Vabadussoja_Ajaloo_Komitee, lk 5
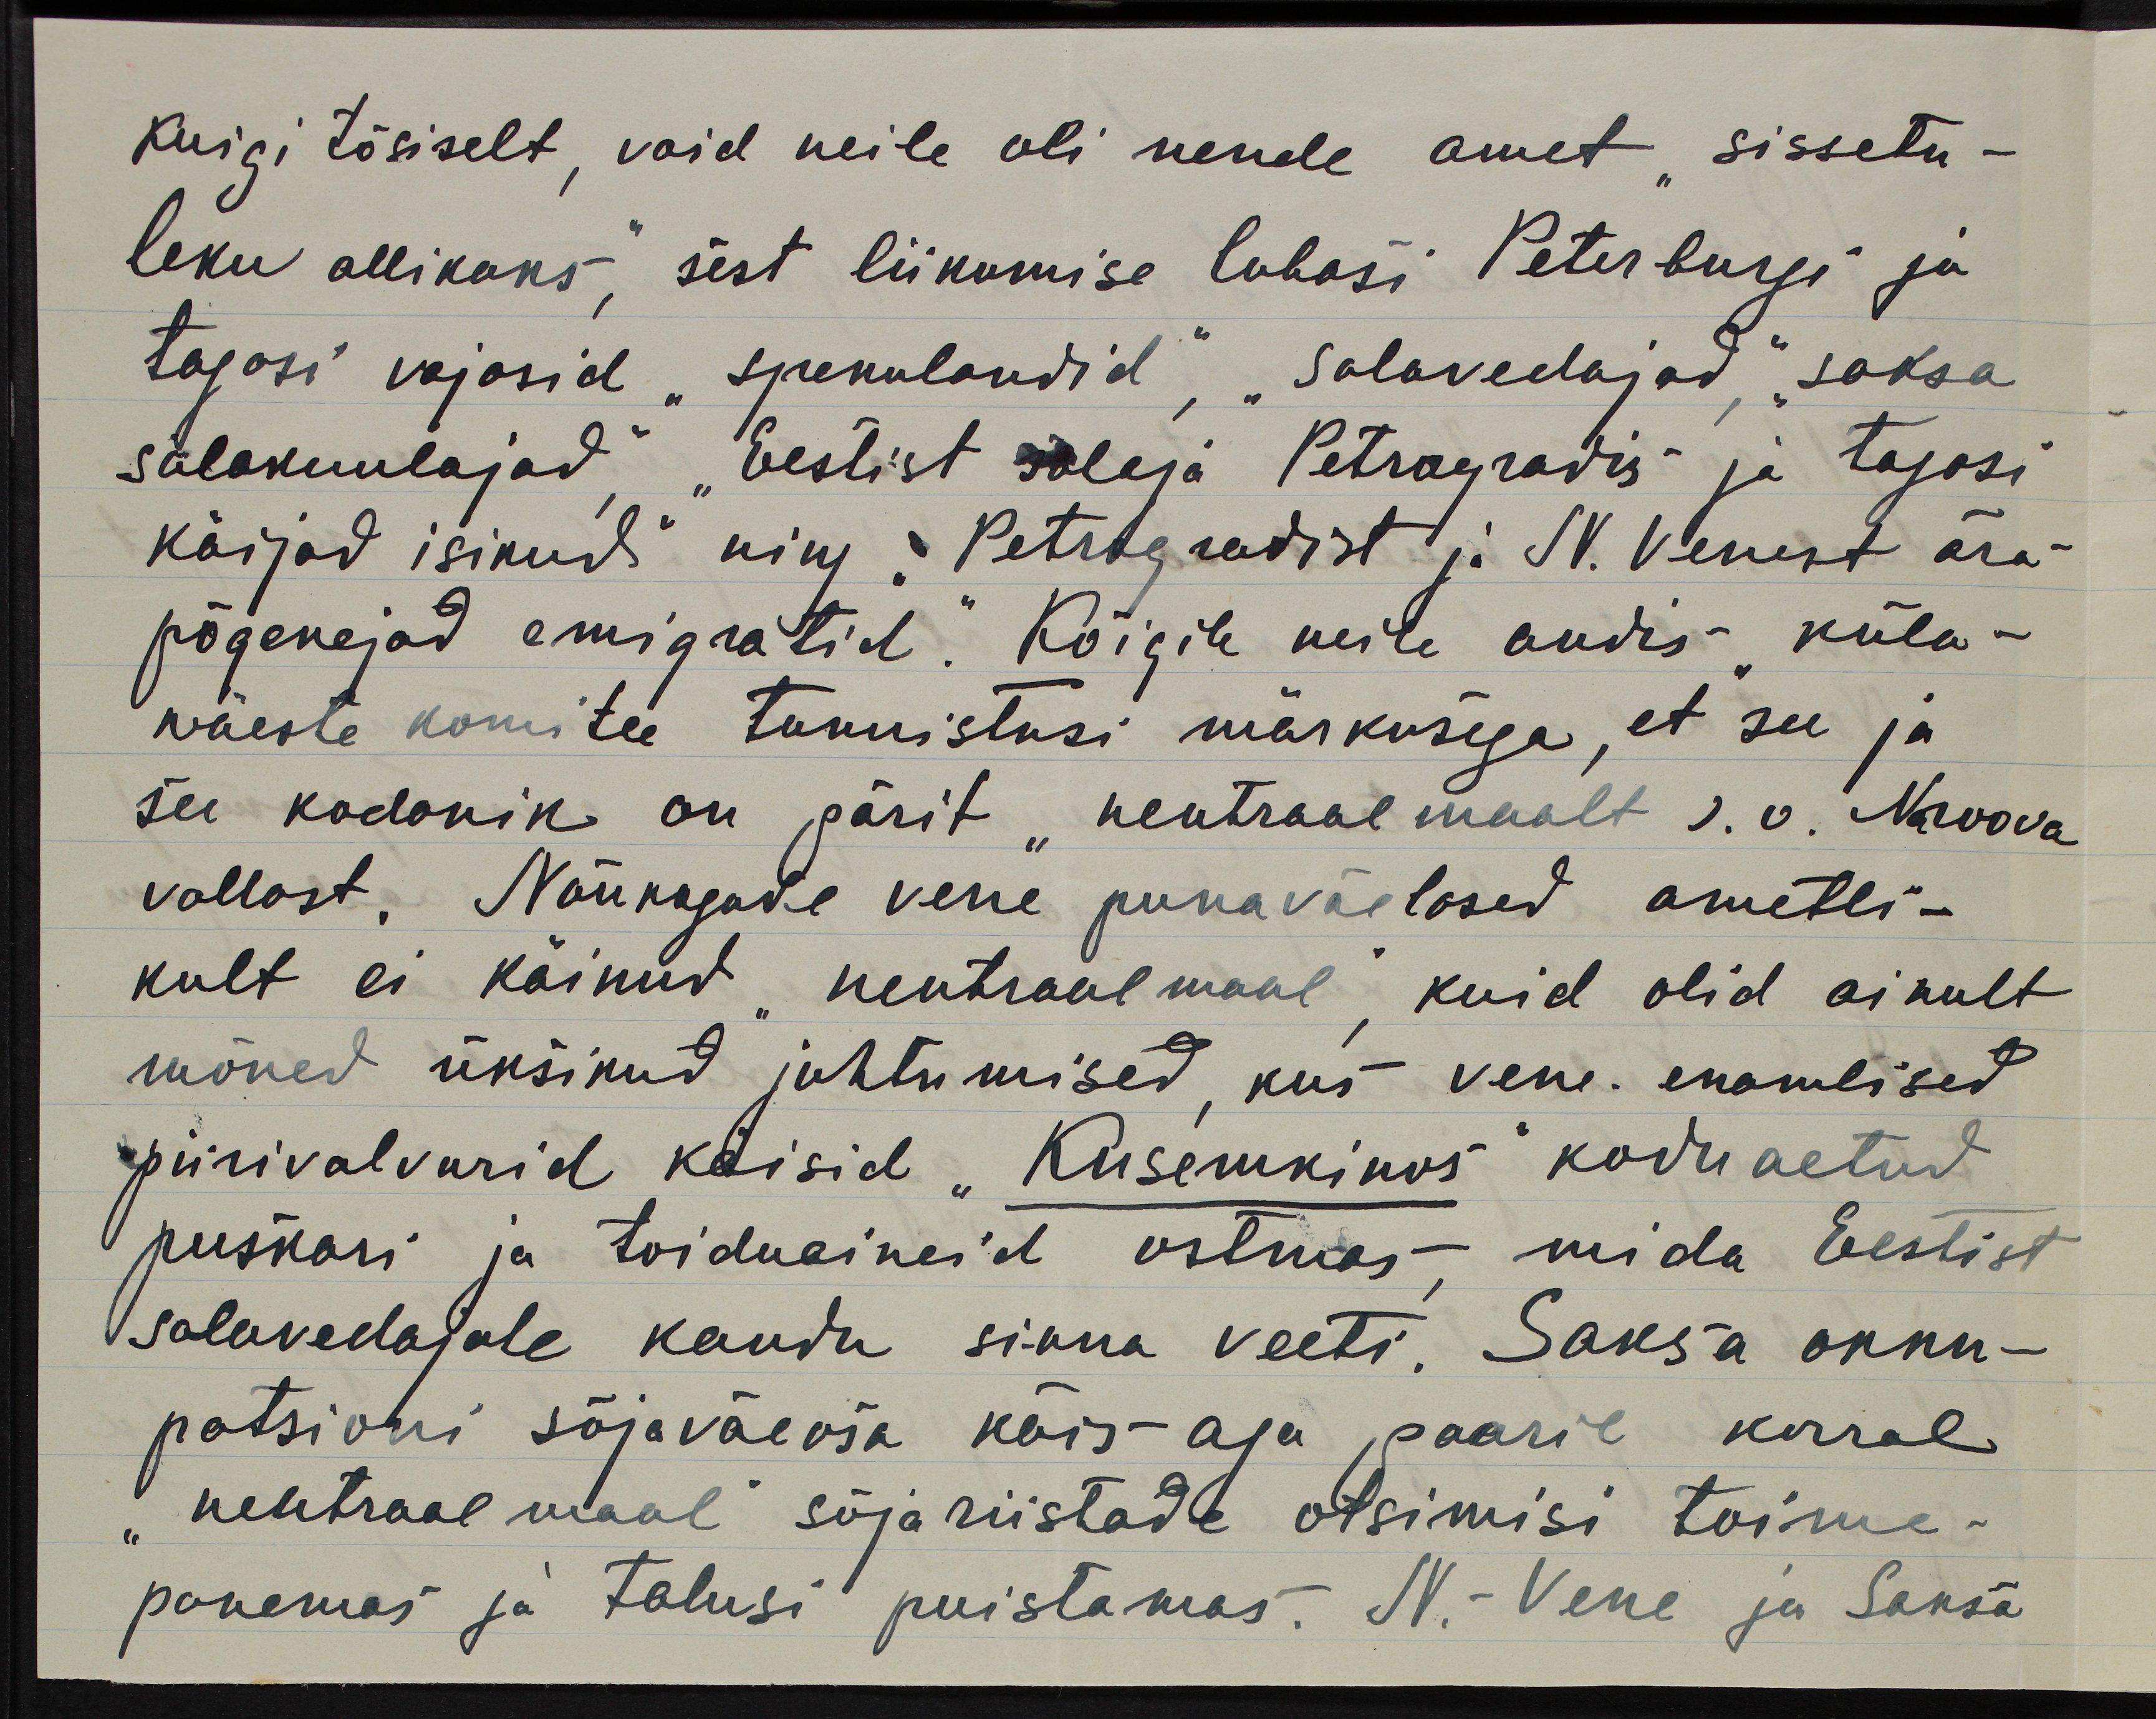
kuigi tõsiselt, vaid neile oli nende amet "sissetu-
leku allikaks", sest liikumise lubasi Peterburgi ja
tagasi vajasid "spekulandid", "salavedajad", "saksa
salakuulajad", "Eestist salaja Petrogradis ja tagasi
käijad isikud" ning "Petrogradist ja N. Venest ära-
põgenejad emigratid". Kõigile neile andis "küla-
wäeste komitee tunnistusi märkusega, et see ja
see kodanik on pärit "neutraal maalt s.o. Naroova
vallast. Nõukogude vene punaväelased ametli-
kult ei käinud "neutraalmaal", kuid olid ainult
mõned üksikud juhtumised, kus vene enamlised
piirivalvurid käisid "Kusemkinos" koduaetud
puskari ja toiduaineid ostmas, mida Eestist
salavedajate kaudu sinna veeti. Saksa okku-
patsioni sõjaväeosa käis aga paaril korral
"neutraal maal" sõjariistade otsimisi toime-
panemas ja talusi puistamas. N.- Vene ja Saksa